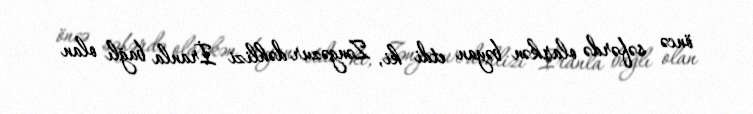
öncə səfərdə olarkən bəyan etdi ki, Zəngəzur dəhlizi İranla bağlı olan